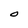
Character: 0